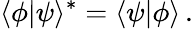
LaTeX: \langle\phi|\psi\rangle^{*}=\langle\psi|\phi\rangle\, .